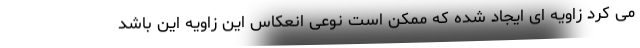
می کرد زاویه ای ایجاد شده که ممکن است نوعی انعکاس این زاویه این باشد